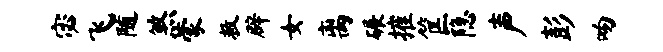
宓飞随煞蒙救辟女离碾摧筐隐声彭吻